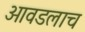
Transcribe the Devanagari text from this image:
आवडलाच